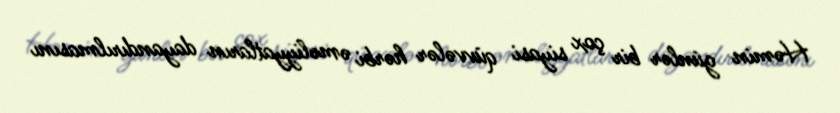
Həmin günlər bir çox siyasi qüvvələr hərbi əməliyyatların dayandırılmasını